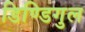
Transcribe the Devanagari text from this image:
डिण्डिगुल